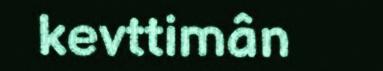
kevttimân